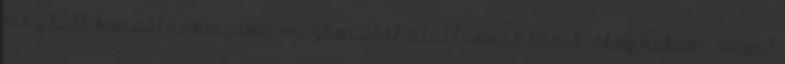
meg kell bocsátanom, ami megbocsáthatatlannak tűnik, elég nekem Isten?